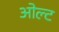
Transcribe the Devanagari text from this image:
ओल्ट